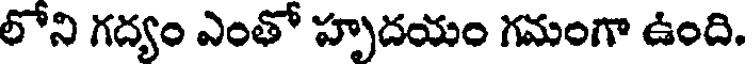
లోని గద్యం ఎంతో హృదయం గమంగా ఉంది.